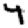
Digit: 4